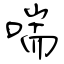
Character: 喘